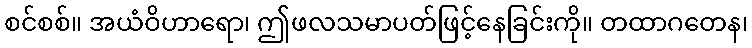
စင်စစ်။ အယံဝိဟာရော၊ ဤဖလသမာပတ်ဖြင့်နေခြင်းကို။ တထာဂတေန၊